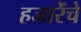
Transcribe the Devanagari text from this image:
हजारेंचे